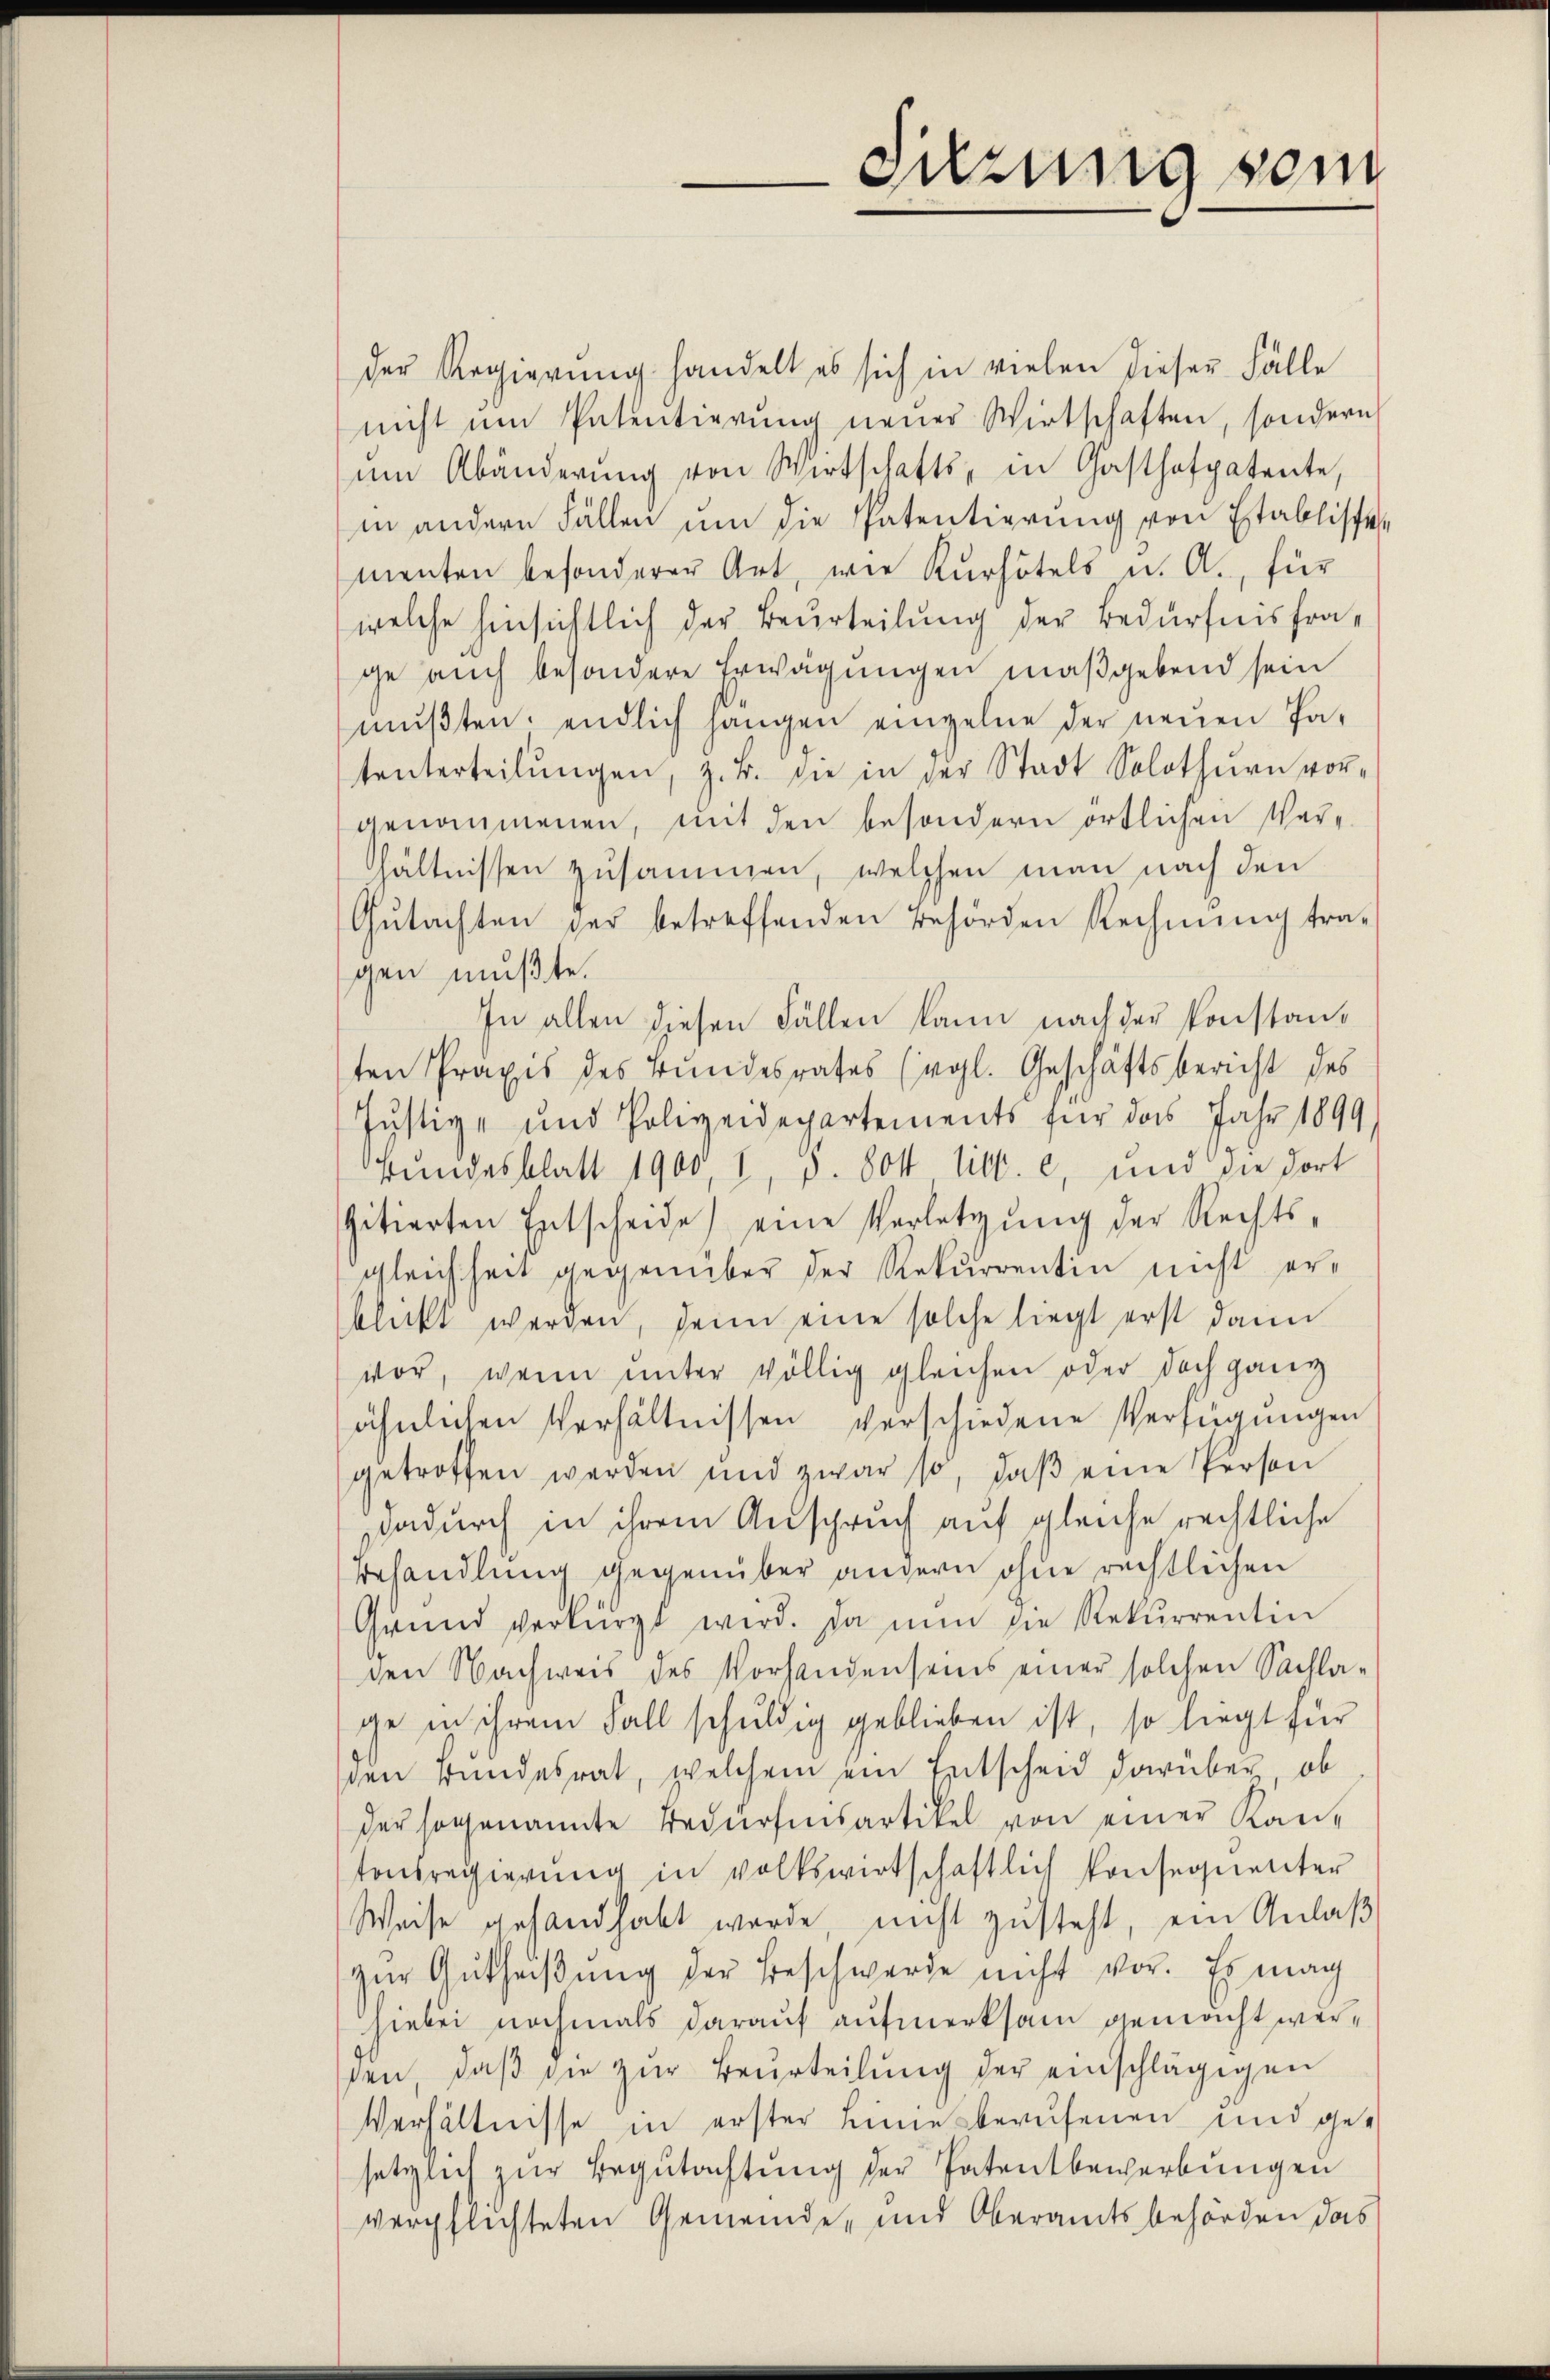
Sitzung vom

der Regierŭng handelt es sich in vielen dieser Fälle
nicht um Patentierŭng neuer Wirtschaften, sondern
ŭm Abänderŭng von Wirtschafts- in Gasthofpatente,
in andern Fällen um die Patentierung von Etablische
menten besonderer Art, wie Kurhötels u. A., für
welche hinsichtlich der Beurteilung der Bedürfnisfrage auch besondere Erwägungen maßgebend sein
mŭβten, endlich hangen einzelne der neuen Pa-
tenterteilŭngen, z. B. die in der Stadt Solothurn vor-
genommenen, mit den besondern örtlichen Ver-
hältnissen zusammen, welchen man nach den
Gŭtachten der betreffenden Behörden Rechnung tra-
gen mußte.
In allen diesen Fällen kann nach der konstanten Praxis des Bundesrates (vgl. Geschäftsbericht des
Justiz- und Polizeidepartements für das Jahr 1899
Bundesblatt 1900, I, S. Pott litt. c, und die dort
gitierten Entscheide eine Verletzŭng der Rechts-
gleichheit gegenüber der Rekurrentin nicht erblickt werden, denn eine solche liegt erst dann
vor, wenn unter völlig gleichen oder doch ganz
ähnlichen Verhältnissen verschiedene Verfügungen
getroffen werden und zwar so, daβ eine Person
Dadurch in ihrem Anspruch auf gleiche rechtliche
Behandlung gegenüber andern ohne rechtlichen
Grund verbürgt wird. Da nun die Rekurrentin
den Nachweis des Vorhandenseins einer solchen Sachlage in ihrem Fall schuldig geblieben ist, so liegt für
den Bundesrat, welchem ein Entscheid darüber ob
der sogenannte Bedürfnisartikel von einer Kan-
tonsregierŭng in volkswirtschaftlich konsequenter
Weise gehandhabt werde, nicht zusteht, ein Anlaß
zur Gutheißung der Beschwerde nicht vor. Es mag
hiebei nochmals darauf aufmerksam gemacht wersen, daβ die zŭr Beurteilŭng der einschlägigen
Verhältnisse in erster Lindesberufenen und gesetzlich zur Begutachtung der Patentbewerbungen
verpflichteten Gemeinde, und Oberamtsbehörden das